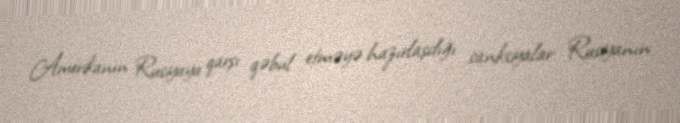
Amerikanın Rusiyaya qarşı qəbul etməyə hazırlaşdığı sanksiyalar Rusiyanın